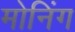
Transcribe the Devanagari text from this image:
मोनिंग